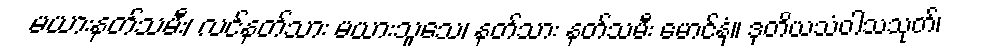
မယားနတ်သမီး၊ လင်နတ်သား မယားသူသေ၊ နတ်သား နတ်သမီး မောင်နှံ။ ဒုတိယသံဝါသသုတ်၊